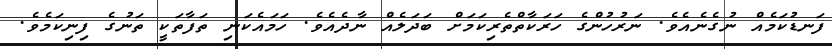
ފަނޑުކަމެއް ނުގެނެއެވެ. ނަރުހުންގެ ހަރަކާތްތެރިކަމަށް ބަދަލެއް ނާދެއެވެ. ހަމައެކަނި ތަފާތަކީ ތަނުގެ ފިނިކަމެވެ.